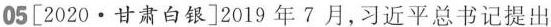
05[2020·甘肃白银]2019年7月，习近平总书记提出